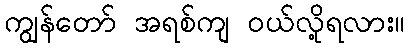
ကျွန်တော် အရစ်ကျ ဝယ်လို့ရလား။